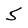
Character: 5